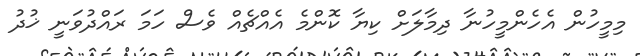
މިމީހުން އެހެންމީހުނާ ދިމާލަށް ކިޔާ ކޮންމެ އެއްޗެއް ވެސް ހަމަ ރައްދުވަނީ ޚުދު